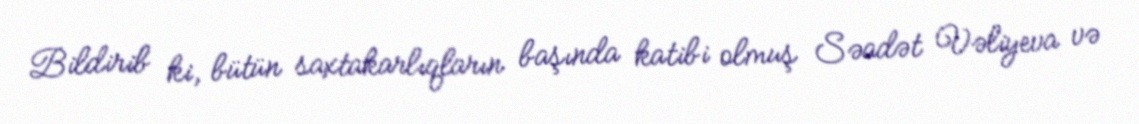
Bildirib ki, bütün saxtakarlıqların başında katibi olmuş Səadət Vəliyeva və